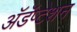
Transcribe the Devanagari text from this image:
अॅडॅप्टेशन